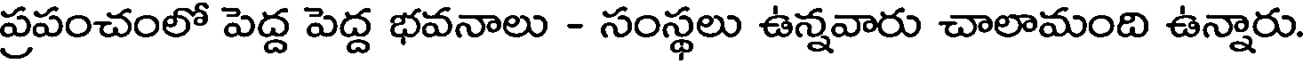
ప్రపంచంలో పెద్ద పెద్ద భవనాలు - సంస్థలు ఉన్నవారు చాలామంది ఉన్నారు.